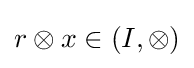
r\otimes x\in (I,\otimes )